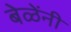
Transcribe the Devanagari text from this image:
बेळेंनी